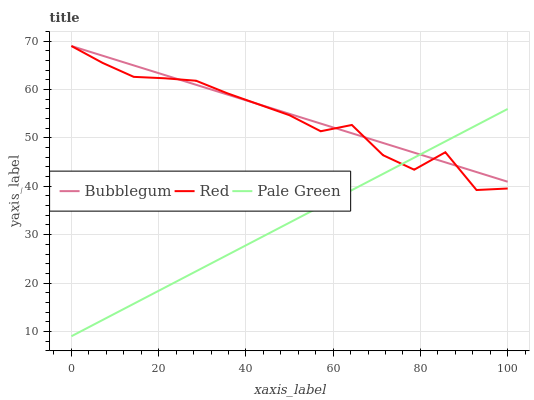
| xaxis_label | Bubblegum | Red | Pale Green |
 | --- | --- | --- | --- |
 | 0 | 69 | 69 | 9 |
 | 7.14 | 67 | 65.5 | 12.4 |
 | 14.3 | 65 | 62.6 | 15.7 |
 | 21.4 | 63 | 62.3 | 19.1 |
 | 28.6 | 61 | 61.8 | 22.4 |
 | 35.7 | 59 | 59.2 | 25.8 |
 | 42.9 | 57 | 57 | 29.1 |
 | 50 | 55 | 54.7 | 32.5 |
 | 57.1 | 53 | 51.4 | 35.9 |
 | 64.3 | 51 | 52.7 | 39.2 |
 | 71.4 | 49 | 46.4 | 42.6 |
 | 78.6 | 47 | 43.4 | 45.9 |
 | 85.7 | 45 | 47 | 49.3 |
 | 92.9 | 42.9 | 39.2 | 52.6 |
 | 100 | 40.9 | 39.5 | 56 |